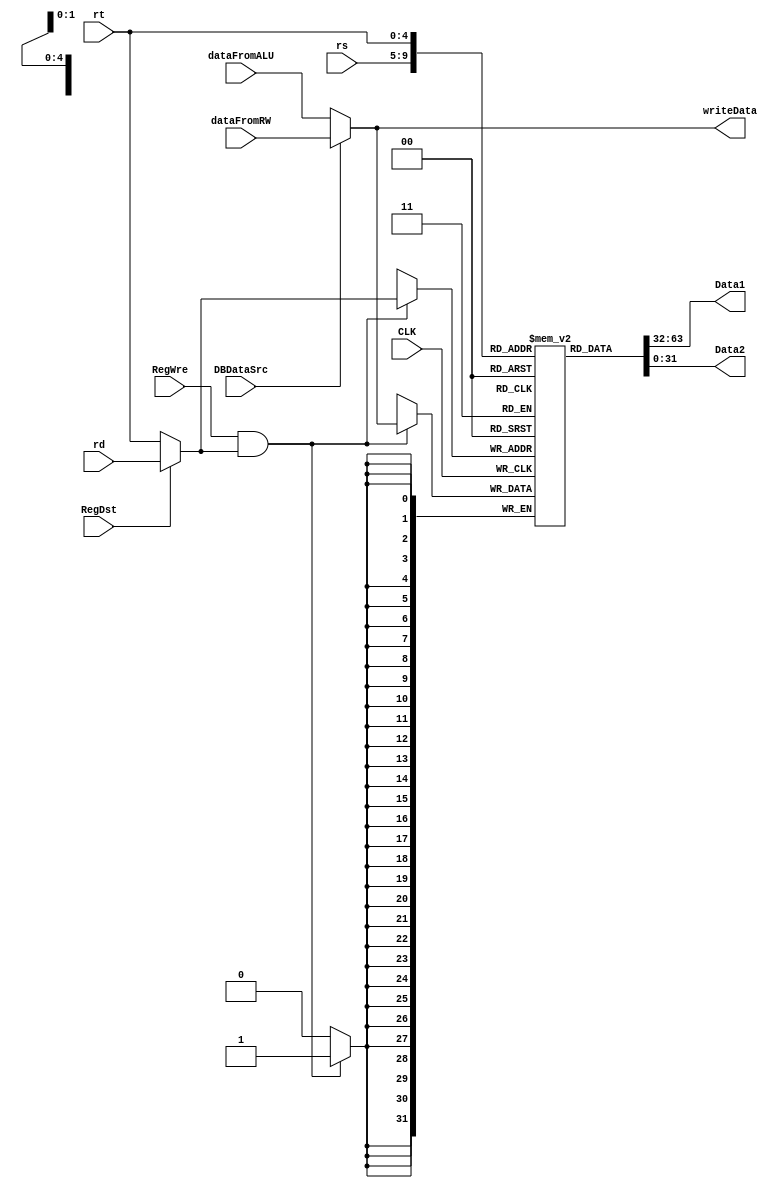
module RegisterFile(
    input CLK, RegDst, RegWre, DBDataSrc,
    // input [5:0] Opcode,
    input [4:0] rs, rt, rd,
    // input [10:0] im,
    input [31:0] dataFromALU, dataFromRW,

    output [31:0] Data1, Data2,
    output [31:0] writeData
);

wire [4:0] writeReg;//

//RegDstRrdI
//
assign writeReg = RegDst ? rd : rt;

//ALUM2Reg0ALU1DM
//
assign writeData = DBDataSrc ? dataFromRW : dataFromALU;

//
reg [31:0] register[0:31];
integer i;
initial begin
    for(i = 0;i < 32;i++) 
        register[i] <= 0;
end

//output:register
//Data1ALUAsllA16
//Data2ALUBrt
// assign Data1 = (Opcode == 6'b011000) ? im[10:6] : register[rs];
assign Data1 = register[rs];
assign Data2 = register[rt];

always @ (negedge CLK) begin
    if(RegWre && writeReg)
        register[writeReg] <= writeData;//0
end

endmodule